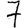
Digit: 7